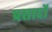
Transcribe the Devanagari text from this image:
प्रसादों